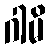
ဂါမိ